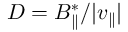
D = B _ { \parallel } ^ { * } / | v _ { \parallel } |